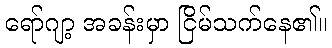
ရော်ဂျာ့ အခန်းမှာ ငြိမ်သက်နေ၏။